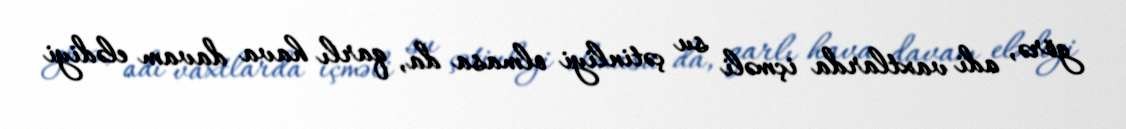
görə, adi vaxtlarda içməli su çətinliyi olmasa da, qarlı hava davam elədiyi